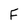
Character: F